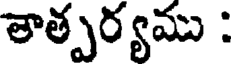
తాత్పర్యము :